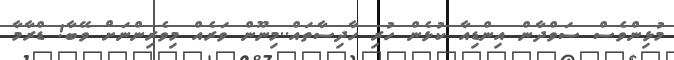
މުޅިންވެސް ސަވްދާން އިންޑިއާ ކުޅެން ހުރި ހާދިސާތައް..މިނޫން ވަރެއް މިވެރިންނަށް ވޭބާ! ޑްރާމާ